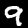
Digit: 9